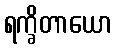
ရက္ခိတာယော